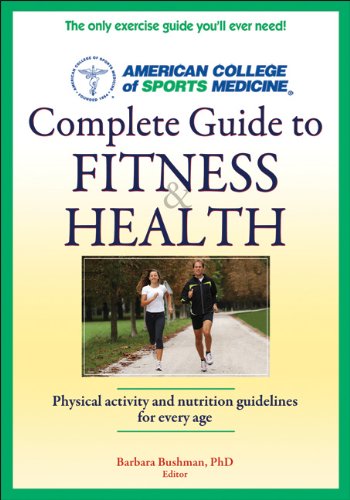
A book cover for ACSM's Complete Guide to Fitness & Health (1st Edt); Medical Books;